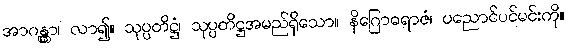
အာဂန္တွာ၊ လာ၍။ သုပ္ပတိဋ္ဌံ၊ သုပ္ပတိဋ္ဌအမည်ရှိသော။ နိဂြောဓရာဇံ၊ ပညောင်ပင်မင်းကို။